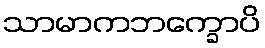
သာမာကဘက္ခောပိ